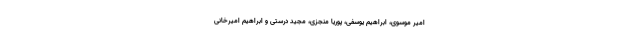
امیر موسوی، ابراهیم یوسفی، پوریا منجزی، مجید درستی و ابراهیم امیرخانی